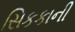
સિકકાની